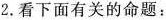
2.看下面有关的命题：